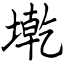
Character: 墘